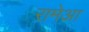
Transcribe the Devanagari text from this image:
रामेआ